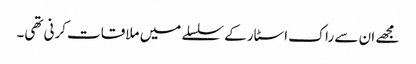
مجھے ان سے راک اسٹار کے سلسلے میں ملاقات کرنی تھی۔